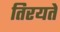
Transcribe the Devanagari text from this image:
तिरयते